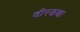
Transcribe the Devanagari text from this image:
वीरकथा